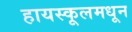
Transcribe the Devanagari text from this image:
हायस्‍कूलमधून